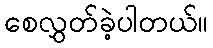
စေလွှတ်ခဲ့ပါတယ်။